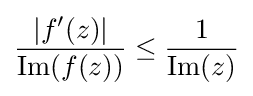
{\frac {\left|f'(z)\right|}{{\text{Im}}(f(z))}}\leq {\frac {1}{{\text{Im}}(z)}}